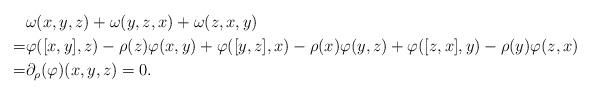
LaTeX: \begin{align*} &\omega(x,y,z)+\omega(y,z,x)+\omega(z,x,y)\\ =& \varphi([x,y],z)-\rho(z)\varphi(x,y)+\varphi([y,z],x)-\rho(x)\varphi(y,z)+\varphi([z,x],y)-\rho(y)\varphi(z,x)\\ =&\partial_{\rho}(\varphi)(x,y,z)=0.\end{align*}